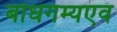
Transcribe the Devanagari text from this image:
बोधगम्यएवं